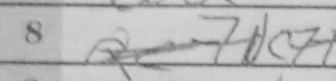
Transcription: c7+